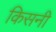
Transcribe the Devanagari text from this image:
किसनी